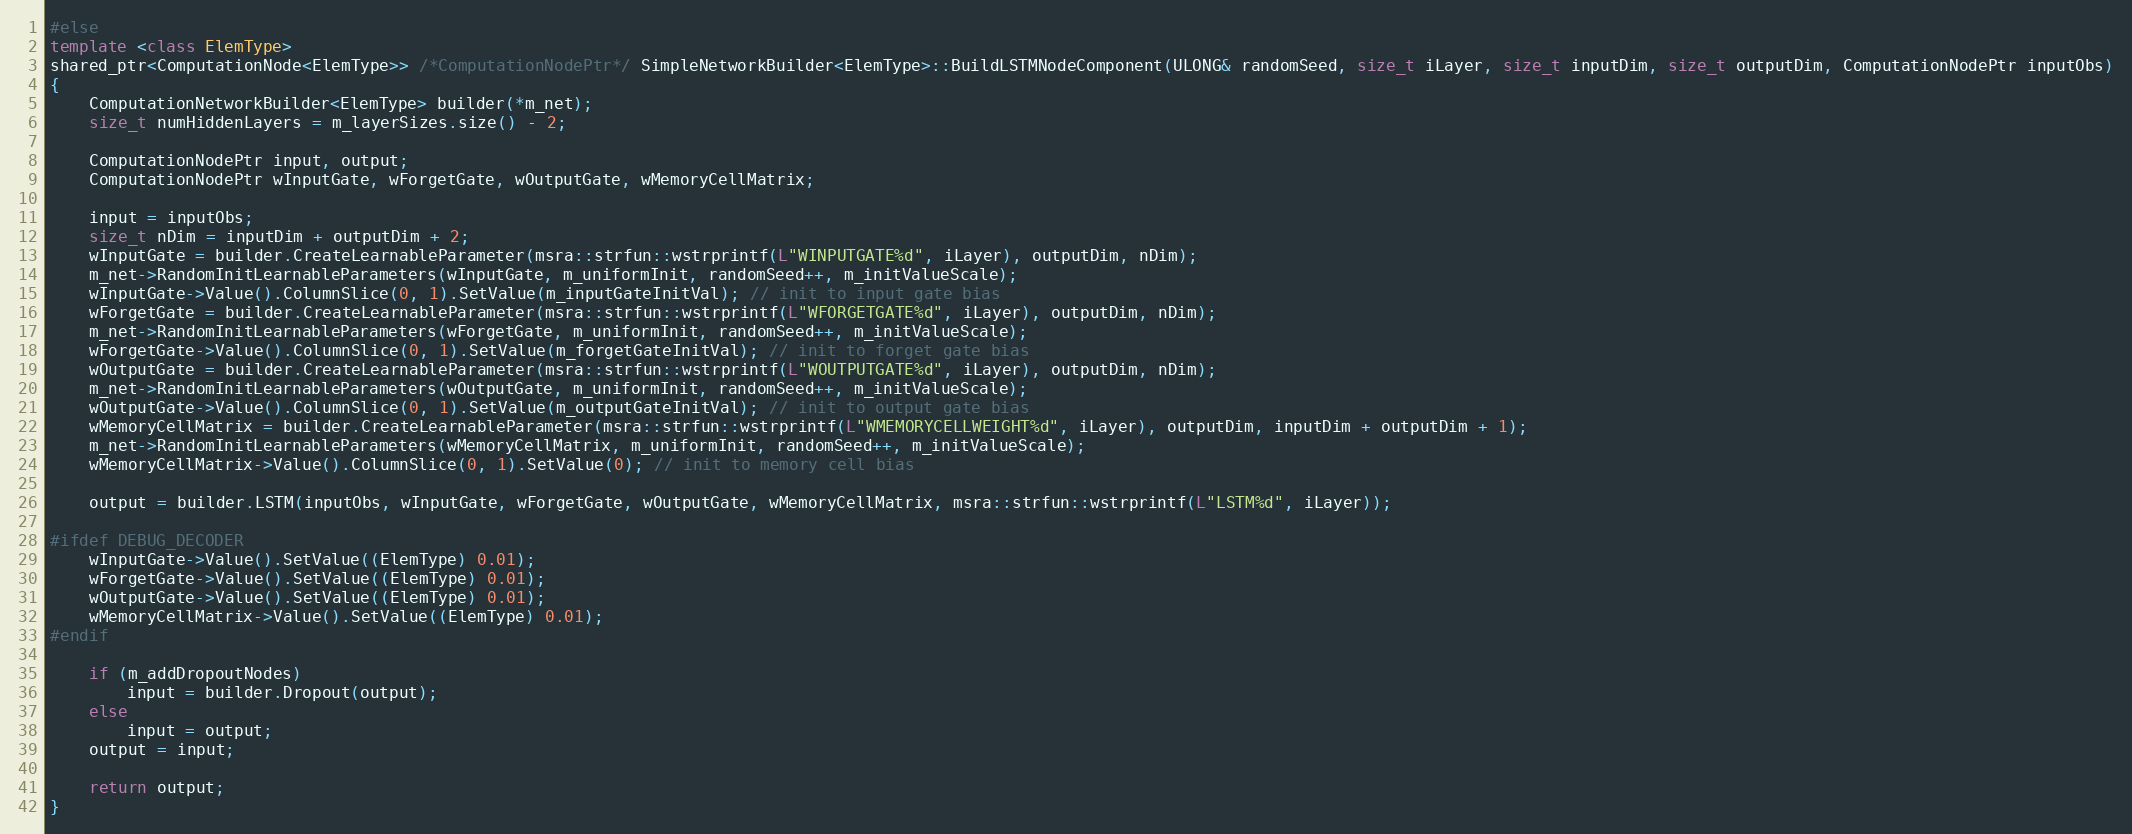
Language: C++
#else
template <class ElemType>
shared_ptr<ComputationNode<ElemType>> /*ComputationNodePtr*/ SimpleNetworkBuilder<ElemType>::BuildLSTMNodeComponent(ULONG& randomSeed, size_t iLayer, size_t inputDim, size_t outputDim, ComputationNodePtr inputObs)
{
    ComputationNetworkBuilder<ElemType> builder(*m_net);
    size_t numHiddenLayers = m_layerSizes.size() - 2;

    ComputationNodePtr input, output;
    ComputationNodePtr wInputGate, wForgetGate, wOutputGate, wMemoryCellMatrix;

    input = inputObs;
    size_t nDim = inputDim + outputDim + 2;
    wInputGate = builder.CreateLearnableParameter(msra::strfun::wstrprintf(L"WINPUTGATE%d", iLayer), outputDim, nDim);
    m_net->RandomInitLearnableParameters(wInputGate, m_uniformInit, randomSeed++, m_initValueScale);
    wInputGate->Value().ColumnSlice(0, 1).SetValue(m_inputGateInitVal); // init to input gate bias
    wForgetGate = builder.CreateLearnableParameter(msra::strfun::wstrprintf(L"WFORGETGATE%d", iLayer), outputDim, nDim);
    m_net->RandomInitLearnableParameters(wForgetGate, m_uniformInit, randomSeed++, m_initValueScale);
    wForgetGate->Value().ColumnSlice(0, 1).SetValue(m_forgetGateInitVal); // init to forget gate bias
    wOutputGate = builder.CreateLearnableParameter(msra::strfun::wstrprintf(L"WOUTPUTGATE%d", iLayer), outputDim, nDim);
    m_net->RandomInitLearnableParameters(wOutputGate, m_uniformInit, randomSeed++, m_initValueScale);
    wOutputGate->Value().ColumnSlice(0, 1).SetValue(m_outputGateInitVal); // init to output gate bias
    wMemoryCellMatrix = builder.CreateLearnableParameter(msra::strfun::wstrprintf(L"WMEMORYCELLWEIGHT%d", iLayer), outputDim, inputDim + outputDim + 1);
    m_net->RandomInitLearnableParameters(wMemoryCellMatrix, m_uniformInit, randomSeed++, m_initValueScale);
    wMemoryCellMatrix->Value().ColumnSlice(0, 1).SetValue(0); // init to memory cell bias

    output = builder.LSTM(inputObs, wInputGate, wForgetGate, wOutputGate, wMemoryCellMatrix, msra::strfun::wstrprintf(L"LSTM%d", iLayer));

#ifdef DEBUG_DECODER
    wInputGate->Value().SetValue((ElemType) 0.01);
    wForgetGate->Value().SetValue((ElemType) 0.01);
    wOutputGate->Value().SetValue((ElemType) 0.01);
    wMemoryCellMatrix->Value().SetValue((ElemType) 0.01);
#endif

    if (m_addDropoutNodes)
        input = builder.Dropout(output);
    else
        input = output;
    output = input;

    return output;
}